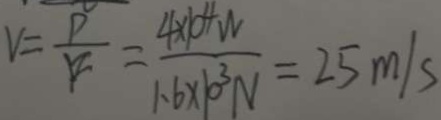
V = \frac { P } { F } = \frac { 4 \times 1 0 ^ { 4 } N } { 1 . 6 \times 1 0 ^ { 3 } N } = 2 5 m / s